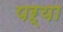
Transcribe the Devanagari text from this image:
पऱ्या